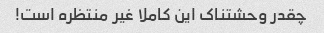
چقدر وحشتناک این کاملا غیر منتظره است!